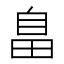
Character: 𦤏